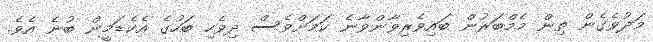
މަދުވެގެން ތިން މެމްބަރުން ބައިވެރިވާންވާނެ ކަމަށްވެސް ދިވެހި ބަހުގެ އެކެޑަމީން ބުނެ އެވެ.